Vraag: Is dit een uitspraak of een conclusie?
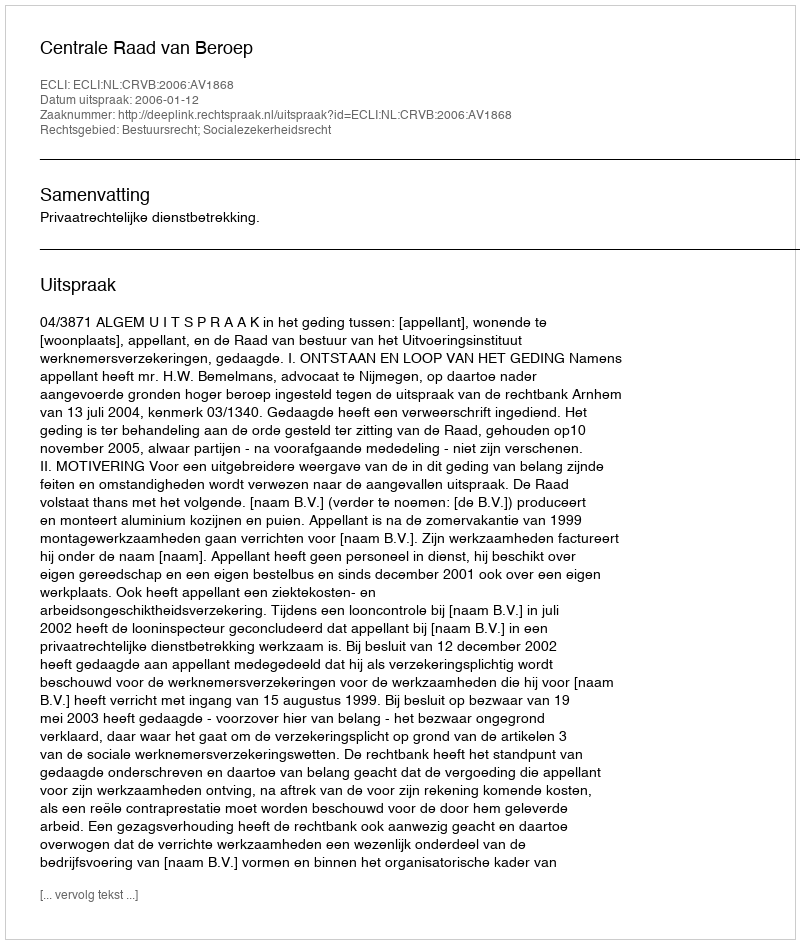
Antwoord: Uitspraak